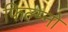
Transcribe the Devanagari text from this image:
फिल्म्नो